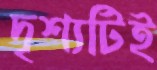
দৃশ্যটিই